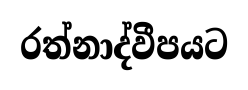
රත්නාද්වීපයට